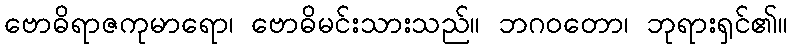
ဗောဓိရာဇကုမာရော၊ ဗောဓိမင်းသားသည်။ ဘဂဝတော၊ ဘုရားရှင်၏။